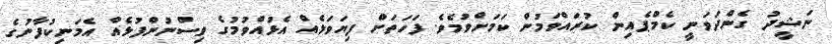
ނަޝީދު ގެންދަވަނީ ކެމްޕެއިން ކުރައްވަމުން ކަމަށްވުމެވެ. ފަހަތަށް ފިޔަވަޅެއް އެޅުއްވުމުގެ ވިސްނުންފުޅެއް އެމަނިކުފާނުގެ